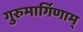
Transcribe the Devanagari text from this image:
गुरुमार्गिणाम्